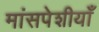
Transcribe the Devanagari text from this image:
मांसपेशीयाँ